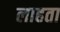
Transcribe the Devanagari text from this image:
लाहता